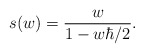
\begin{align*}s(w)=\frac{w}{1-w\hbar/2}.\end{align*}